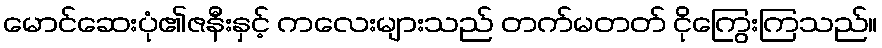
မောင်ဆေးပုံ၏ဇနီးနှင့် ကလေးများသည် တက်မတတ် ငိုကြွေးကြသည်။